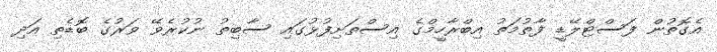
އެގޮތުން ފަސްޓްލޭޑީ ފާތުމަތު އިބްރާހީމްގެ އިސްތަށިފުޅުގައި ސާބިތު ނުކުރެވޭ ވަރުގެ ބޮޑެތި އަދި